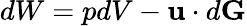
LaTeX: dW=pdV-\textbf{u}\cdot d\textbf{G}